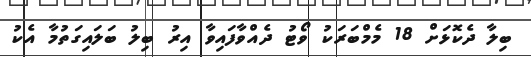
ބިލާ ދެކޮޅަށް 18 މެމްބަރަކު ވޯޓު ދެއްވާފައިވާ އިރު ބިލު ބަލައިގަތުމާ އެކު